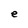
Character: e